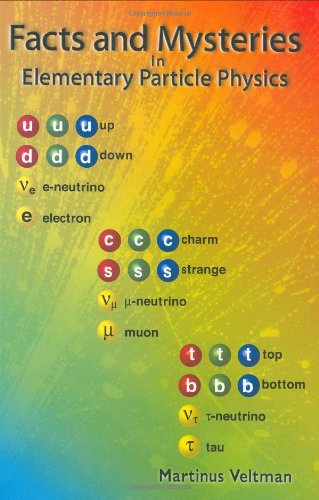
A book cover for Facts and Mysteries in Elementary Particle Physics; M. G. Veltman; Science & Math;